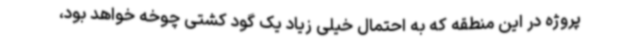
پروژه در این منطقه که به احتمال خیلی زیاد یک گود کشتی چوخه خواهد بود،